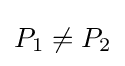
P_{\rm {1}}\neq P_{\rm {2}}